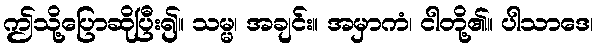
ဤသို့ပြောဆိုပြီး၍။ သမ္မ၊ အချင်း။ အမှာကံ၊ ငါတို့၏။ ပါသာဒေ၊